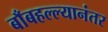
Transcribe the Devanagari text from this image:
बाँबहल्ल्यानंतर